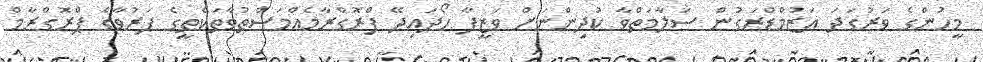
މީހުންގެ ވަރުގަދަ އަޒުމްޑްރަގުން ސަލާމަތްވާ ކުދިންނަށް ވަޒީފާ ހޯދައިދޭ ޕްރޮގްރާމެއްމަސްތުވާތަކެތީގެ ފަރުވާގެ ޕްރޮގްރާމް